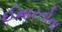
ઈમારતોના